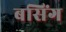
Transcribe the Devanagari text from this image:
बसिंग